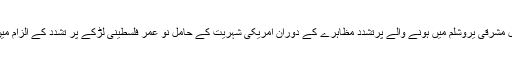
2014ء)اسرائیلی وزارت قانون نے دو ماہ قبل مشرقی یروشلم میں ہونے والے پرتشدد مظاہرے کے دوران امریکی شہریت کے حامل نو عمر فلسطینی لڑکے پر تشدد کے الزام میں اسرائیلی پولیس اہلکار پر مقدمہ قائم کیا ہے۔